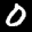
Label: 0